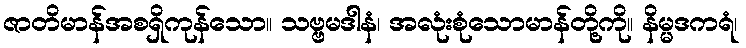
ဇာတိမာန်အစရှိကုန်သော။ သဗ္ဗမဒါနံ၊ အလုံးစုံသောမာန်တို့ကို။ နိမ္မဒကရံ၊